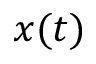
x ( t )